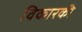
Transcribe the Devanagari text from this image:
विकारकी